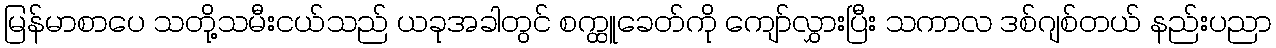
မြန်မာစာပေ သတို့သမီးငယ်သည် ယခုအခါတွင် စက္ထူခေတ်ကို ကျော်လွှားပြီး သကာလ ဒစ်ဂျစ်တယ် နည်းပညာ